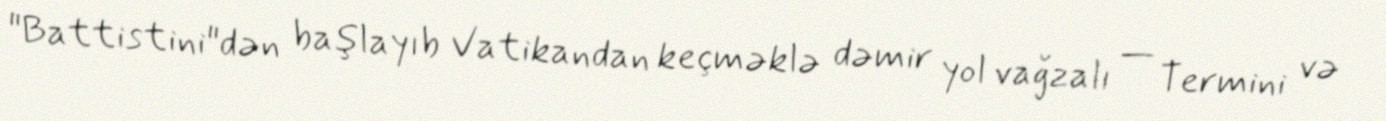
"Battistini"dən başlayıb Vatikandan keçməklə dəmir yol vağzalı — Termini və